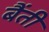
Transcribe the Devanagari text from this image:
बैंती